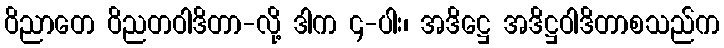
ဝိညာတေ ဝိညတဝါဒိတာ-လို့ ဒါက ၄-ပါး၊ အဒိဋ္ဌေ အဒိဋ္ဌဝါဒိတာစသည်က